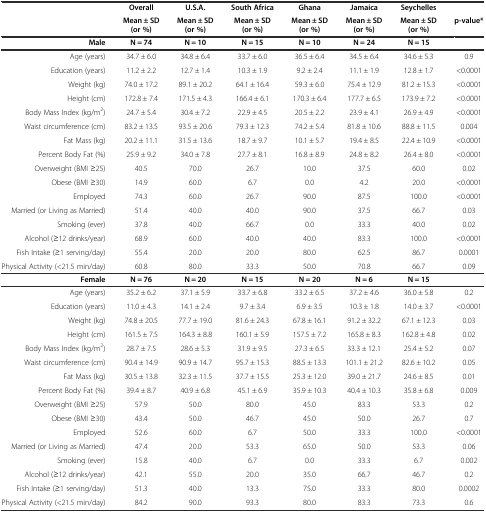
<table><thead><tr><td></td><td><b>Overall</b></td><td><b>U.S.A.</b></td><td><b>South Africa</b></td><td><b>Ghana</b></td><td><b>Jamaica</b></td><td><b>Seychelles</b></td><td></td></tr><tr><td></td><td><b>Mean ± SD (or %)</b></td><td><b>Mean ± SD (or %)</b></td><td><b>Mean ± SD (or %)</b></td><td><b>Mean ± SD (or %)</b></td><td><b>Mean ± SD (or %)</b></td><td><b>Mean ± SD (or %)</b></td><td><b>p-value*</b></td></tr></thead><tbody><tr><td><b>Male</b></td><td><b>N = 74</b></td><td><b>N = 10</b></td><td><b>N = 15</b></td><td><b>N = 10</b></td><td><b>N = 24</b></td><td><b>N = 15</b></td><td></td></tr><tr><td>Age (years)</td><td>34.7 ± 6.0</td><td>34.8 ± 6.4</td><td>33.7 ± 6.0</td><td>36.5 ± 6.4</td><td>34.5 ± 6.4</td><td>34.6 ± 5.3</td><td>0.9</td></tr><tr><td>Education (years)</td><td>11.2 ± 2.2</td><td>12.7 ± 1.4</td><td>10.3 ± 1.9</td><td>9.2 ± 2.4</td><td>11.1 ± 1.9</td><td>12.8 ± 1.7</td><td>&lt;0.0001</td></tr><tr><td>Weight (kg)</td><td>74.0 ± 17.2</td><td>89.1 ± 20.2</td><td>64.1 ± 16.4</td><td>59.3 ± 6.0</td><td>75.4 ± 12.9</td><td>81.2 ± 15.3</td><td>&lt;0.0001</td></tr><tr><td>Height (cm)</td><td>172.8 ± 7.4</td><td>171.5 ± 4.3</td><td>166.4 ± 6.1</td><td>170.3 ± 6.4</td><td>177.7 ± 6.5</td><td>173.9 ± 7.2</td><td>&lt;0.0001</td></tr><tr><td>Body Mass Index (kg/m<sup>2</sup>)</td><td>24.7 ± 5.4</td><td>30.4 ± 7.2</td><td>22.9 ± 4.5</td><td>20.5 ± 2.2</td><td>23.9 ± 4.1</td><td>26.9 ± 4.9</td><td>&lt;0.0001</td></tr><tr><td>Waist circumference (cm)</td><td>83.2 ± 13.5</td><td>93.5 ± 20.6</td><td>79.3 ± 12.3</td><td>74.2 ± 5.4</td><td>81.8 ± 10.6</td><td>88.8 ± 11.5</td><td>0.004</td></tr><tr><td>Fat Mass (kg)</td><td>20.2 ± 11.1</td><td>31.5 ± 13.6</td><td>18.7 ± 9.7</td><td>10.1 ± 5.7</td><td>19.4 ± 8.5</td><td>22.4 ± 10.9</td><td>&lt;0.0001</td></tr><tr><td>Percent Body Fat (%)</td><td>25.9 ± 9.2</td><td>34.0 ± 7.8</td><td>27.7 ± 8.1</td><td>16.8 ± 8.9</td><td>24.8 ± 8.2</td><td>26.4 ± 8.0</td><td>&lt;0.0001</td></tr><tr><td>Overweight (BMI ≥25)</td><td>40.5</td><td>70.0</td><td>26.7</td><td>10.0</td><td>37.5</td><td>60.0</td><td>0.02</td></tr><tr><td>Obese (BMI ≥30)</td><td>14.9</td><td>60.0</td><td>6.7</td><td>0.0</td><td>4.2</td><td>20.0</td><td>&lt;0.0001</td></tr><tr><td>Employed</td><td>74.3</td><td>60.0</td><td>26.7</td><td>90.0</td><td>87.5</td><td>100.0</td><td>&lt;0.0001</td></tr><tr><td>Married (or Living as Married)</td><td>51.4</td><td>40.0</td><td>40.0</td><td>90.0</td><td>37.5</td><td>66.7</td><td>0.03</td></tr><tr><td>Smoking (ever)</td><td>37.8</td><td>40.0</td><td>66.7</td><td>0.0</td><td>33.3</td><td>40.0</td><td>0.02</td></tr><tr><td>Alcohol (≥12 drinks/year)</td><td>68.9</td><td>60.0</td><td>40.0</td><td>40.0</td><td>83.3</td><td>100.0</td><td>&lt;0.0001</td></tr><tr><td>Fish Intake (≥1 serving/day)</td><td>55.4</td><td>20.0</td><td>20.0</td><td>80.0</td><td>62.5</td><td>86.7</td><td>0.0001</td></tr><tr><td>Physical Activity (&lt;21.5 min/day)</td><td>60.8</td><td>80.0</td><td>33.3</td><td>50.0</td><td>70.8</td><td>66.7</td><td>0.09</td></tr><tr><td><b>Female</b></td><td><b>N = 76</b></td><td><b>N = 20</b></td><td><b>N = 15</b></td><td><b>N = 20</b></td><td><b>N = 6</b></td><td><b>N = 15</b></td><td></td></tr><tr><td>Age (years)</td><td>35.2 ± 6.2</td><td>37.1 ± 5.9</td><td>33.7 ± 6.8</td><td>33.2 ± 6.5</td><td>37.2 ± 4.6</td><td>36.0 ± 5.8</td><td>0.2</td></tr><tr><td>Education (years)</td><td>11.0 ± 4.3</td><td>14.1 ± 2.4</td><td>9.7 ± 3.4</td><td>6.9 ± 3.5</td><td>10.3 ± 1.8</td><td>14.0 ± 3.7</td><td>&lt;0.0001</td></tr><tr><td>Weight (kg)</td><td>74.8 ± 20.5</td><td>77.7 ± 19.0</td><td>81.6 ± 24.3</td><td>67.8 ± 16.1</td><td>91.2 ± 32.2</td><td>67.1 ± 12.3</td><td>0.03</td></tr><tr><td>Height (cm)</td><td>161.5 ± 7.5</td><td>164.3 ± 8.8</td><td>160.1 ± 5.9</td><td>157.5 ± 7.2</td><td>165.8 ± 8.3</td><td>162.8 ± 4.8</td><td>0.02</td></tr><tr><td>Body Mass Index (kg/m<sup>2</sup>)</td><td>28.7 ± 7.5</td><td>28.6 ± 5.3</td><td>31.9 ± 9.5</td><td>27.3 ± 6.5</td><td>33.3 ± 12.1</td><td>25.4 ± 5.2</td><td>0.07</td></tr><tr><td>Waist circumference (cm)</td><td>90.4 ± 14.9</td><td>90.9 ± 14.7</td><td>95.7 ± 15.3</td><td>88.5 ± 13.3</td><td>101.1 ± 21.2</td><td>82.6 ± 10.2</td><td>0.05</td></tr><tr><td>Fat Mass (kg)</td><td>30.5 ± 13.8</td><td>32.3 ± 11.5</td><td>37.7 ± 15.5</td><td>25.3 ± 12.0</td><td>39.0 ± 21.7</td><td>24.6 ± 8.5</td><td>0.01</td></tr><tr><td>Percent Body Fat (%)</td><td>39.4 ± 8.7</td><td>40.9 ± 6.8</td><td>45.1 ± 6.9</td><td>35.9 ± 10.3</td><td>40.4 ± 10.3</td><td>35.8 ± 6.8</td><td>0.009</td></tr><tr><td>Overweight (BMI ≥25)</td><td>57.9</td><td>50.0</td><td>80.0</td><td>45.0</td><td>83.3</td><td>53.3</td><td>0.2</td></tr><tr><td>Obese (BMI ≥30)</td><td>43.4</td><td>50.0</td><td>46.7</td><td>45.0</td><td>50.0</td><td>26.7</td><td>0.7</td></tr><tr><td>Employed</td><td>52.6</td><td>60.0</td><td>6.7</td><td>50.0</td><td>33.3</td><td>100.0</td><td>&lt;0.0001</td></tr><tr><td>Married (or Living as Married)</td><td>47.4</td><td>20.0</td><td>53.3</td><td>65.0</td><td>50.0</td><td>53.3</td><td>0.06</td></tr><tr><td>Smoking (ever)</td><td>15.8</td><td>40.0</td><td>6.7</td><td>0.0</td><td>33.3</td><td>6.7</td><td>0.002</td></tr><tr><td>Alcohol (≥12 drinks/year)</td><td>42.1</td><td>55.0</td><td>20.0</td><td>35.0</td><td>66.7</td><td>46.7</td><td>0.2</td></tr><tr><td>Fish Intake (≥1 serving/day)</td><td>51.3</td><td>40.0</td><td>13.3</td><td>75.0</td><td>33.3</td><td>80.0</td><td>0.0002</td></tr><tr><td>Physical Activity (&lt;21.5 min/day)</td><td>84.2</td><td>90.0</td><td>93.3</td><td>80.0</td><td>83.3</td><td>73.3</td><td>0.6</td></tr></tbody></table>